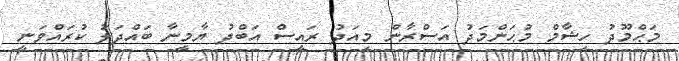
މަޙްމޫދު ހިޝާމް މުޙަންމަދު އަސްރާން މިއަދު ރައީސް އަބްދު ޔާމީނާ ބައްދަލު ކުރައްވަނީ